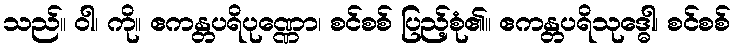
သည်။ ဝါ၊ ကို။ ဧကန္တပရိပုဏ္ဏော၊ စင်စစ် ပြည့်စုံ၏။ ဧကန္တပရိသုဒ္ဓေါ၊ စင်စစ်